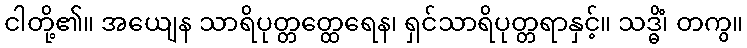
ငါတို့၏။ အယျေန သာရိပုတ္တတ္ထေရေန၊ ရှင်သာရိပုတ္တရာနှင့်။ သဒ္ဓိံ၊ တကွ။